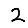
Digit: 2